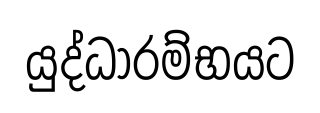
යුද්ධාරම්භයට